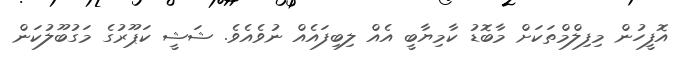
އޮފީހުން މިފިލްމްތަކަށް މާބޮޑު ކާމިޔާބީ އެއް ލިބިފައެއް ނުވެއެވެ. ޝަޝީ ކަޕޫރުގެ މަގުބޫލުކަން